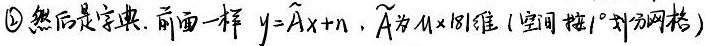
\textcircled{2} 然后是字典. 前面一样 $y = \widetilde{A}x + n$, $\widetilde{A}$ 为 $M\times181$ 维 (空间按 $1^{\circ}$ 划分网格)